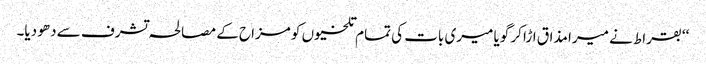
‘‘ بقراط نے میرا مذاق اڑا کر گویا میری بات کی تمام تلخیوں کو مزاح کے مصالحہ تشرف سے دھو دیا۔